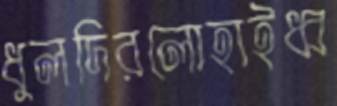
ধুলদিরলোহাইধ্ব